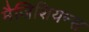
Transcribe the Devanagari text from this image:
मैजिशियन्स